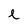
Character: l